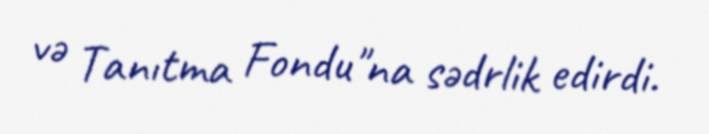
və Tanıtma Fondu"na sədrlik edirdi.